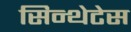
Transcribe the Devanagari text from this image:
सिन्थेटेस